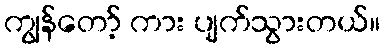
ကျွန်တော့် ကား ပျက်သွားတယ်။